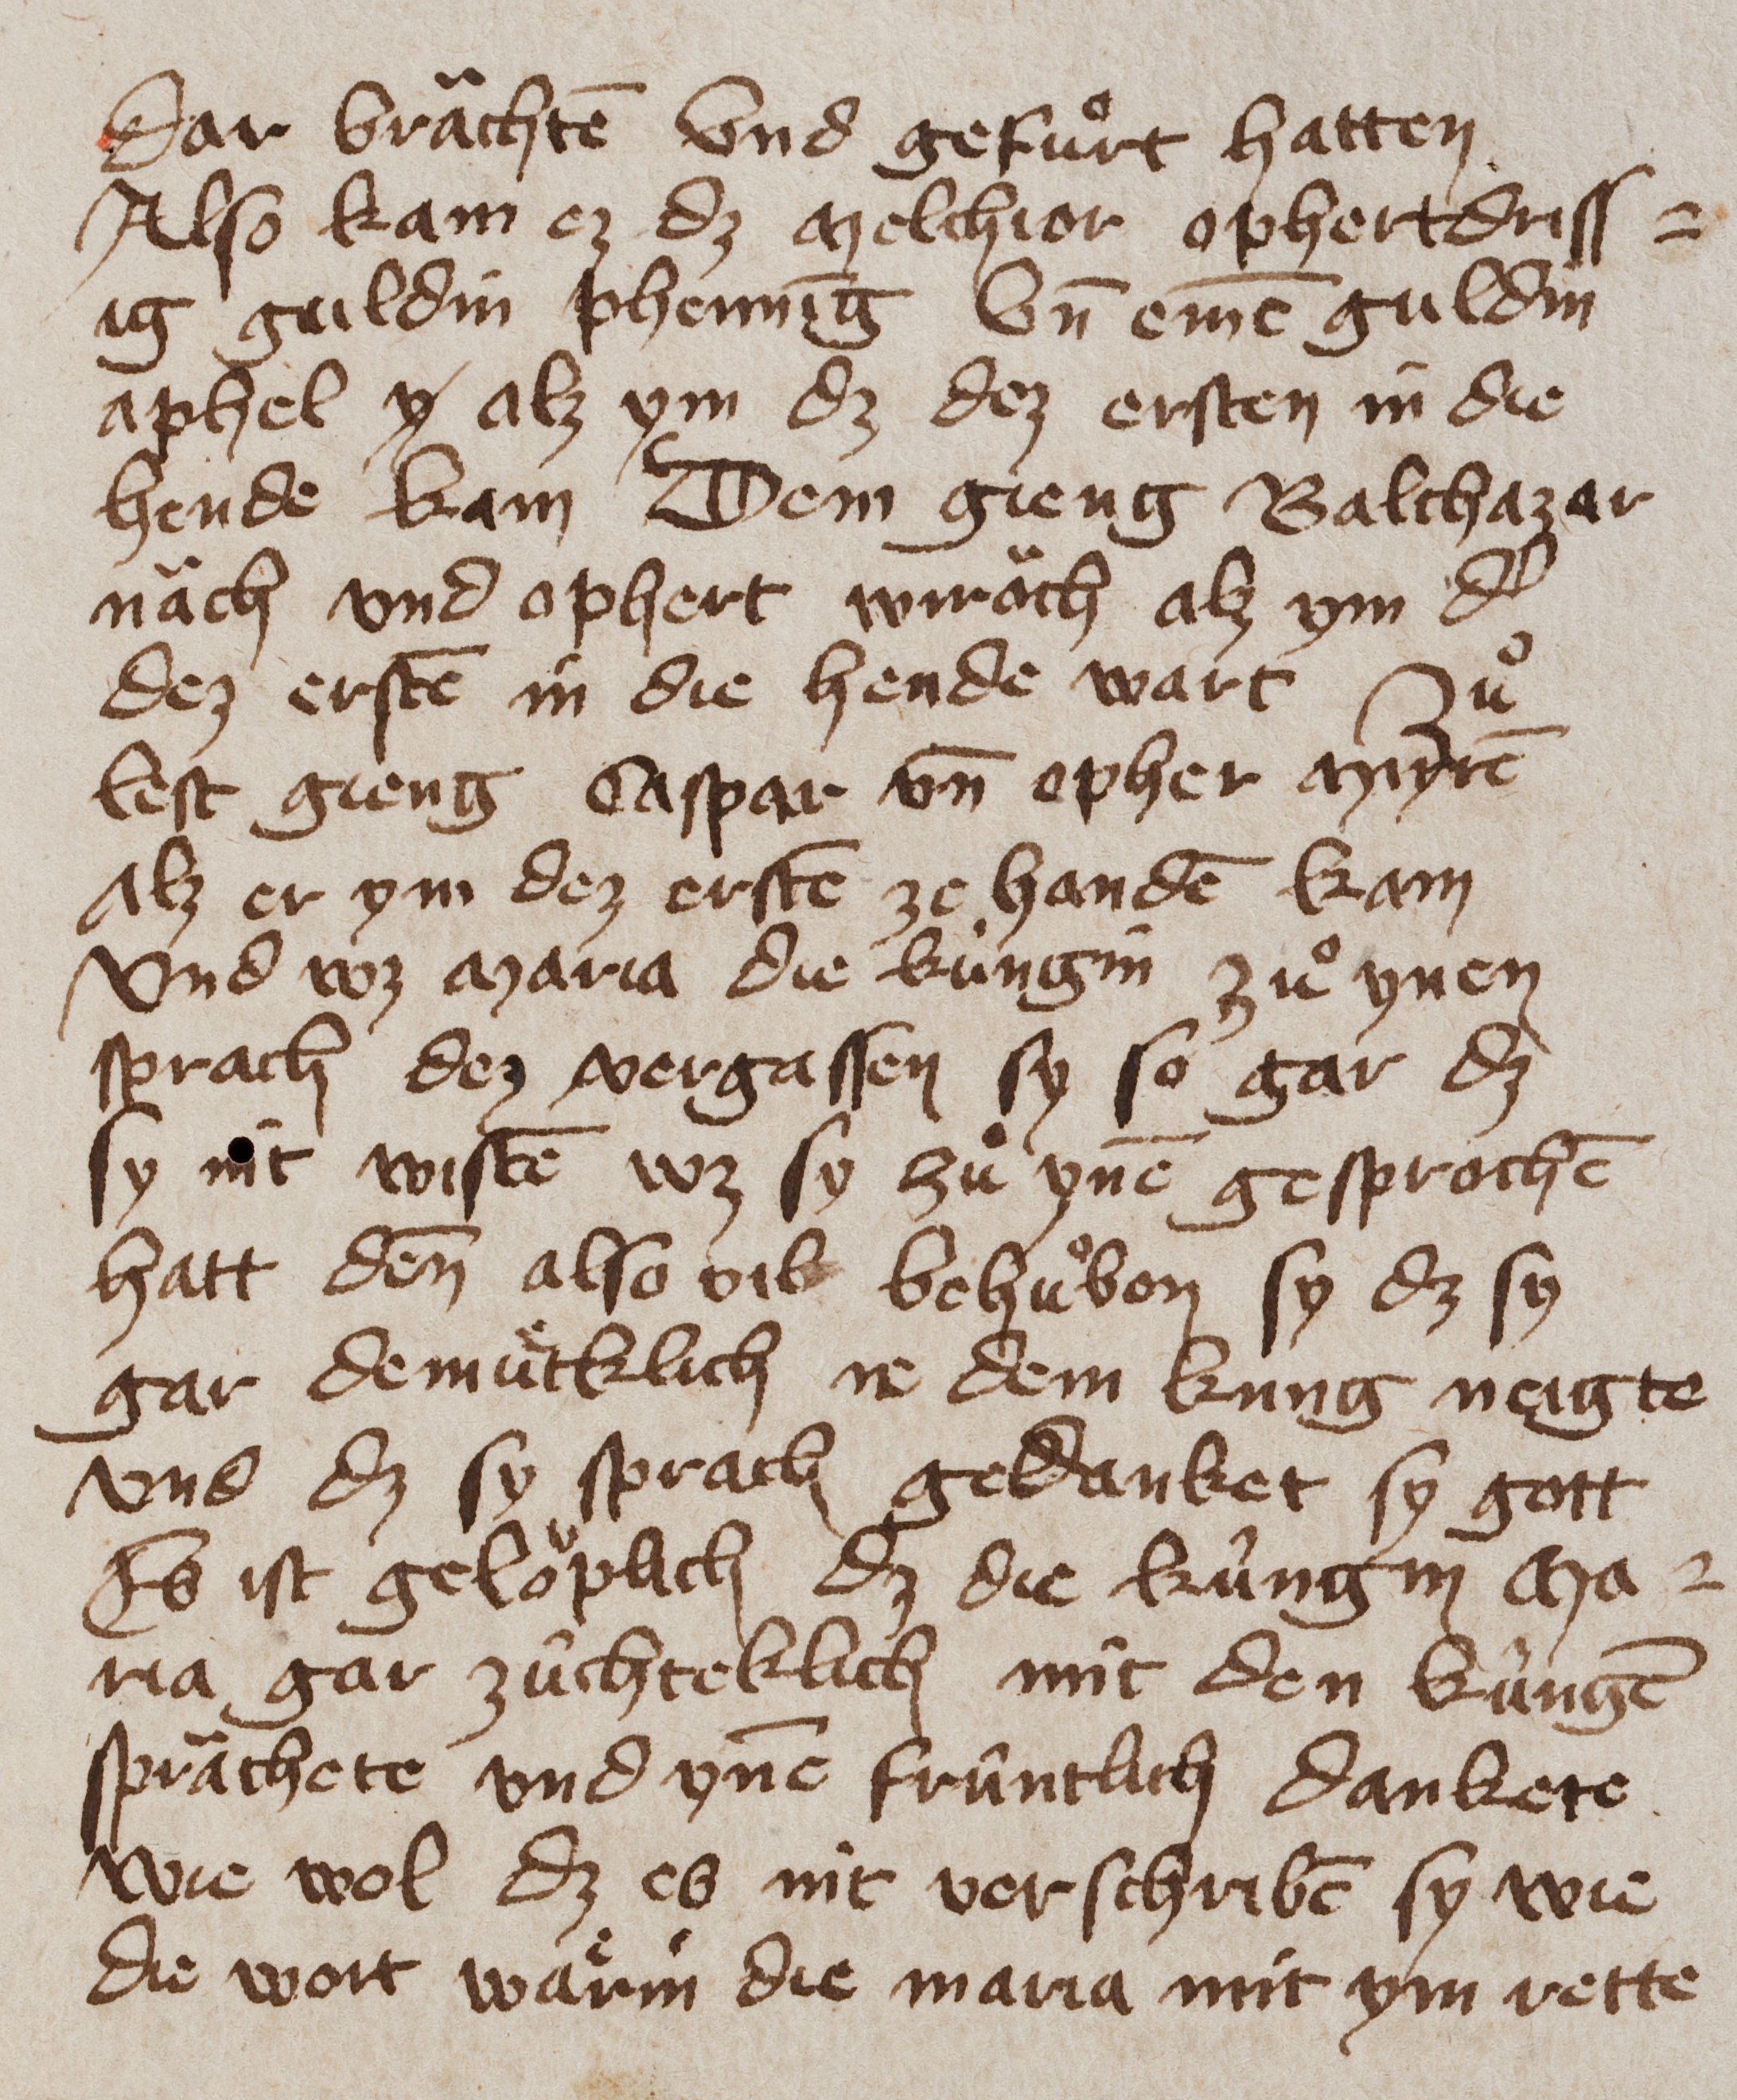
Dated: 1400–1449